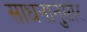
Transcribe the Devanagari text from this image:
साधनानुसार